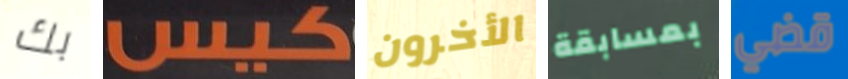
بك كيس الأخرون بمسابقة قضي